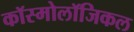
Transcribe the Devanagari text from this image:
कॉस्मोलॉजिकल